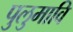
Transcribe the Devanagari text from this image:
पुलुमावि